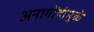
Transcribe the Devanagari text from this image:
अनागोंदीमुळे